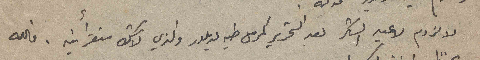
لا لزوم لاعيد الشكر بعد التحرير كمرسل طيه لديلور والذي لا شك ستقرأينه. فالله